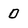
Character: 0